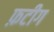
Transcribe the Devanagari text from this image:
फ़टीग